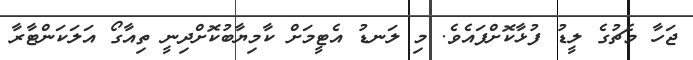
ޖަހާ މެޗުގެ ލީޑު ފުޅާކޮށްފައެވެ. މި ލަނޑު އެޓީމަށް ކާމިޔާބުކޮށްދިނީ ތިއާގޯ އަލަކަންޓާރާ